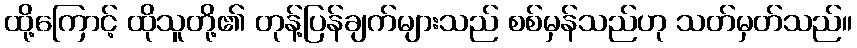
ထို့ကြောင့် ထိုသူတို့၏ တုန့်ပြန်ချက်များသည် စစ်မှန်သည်ဟု သတ်မှတ်သည်။